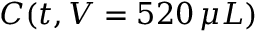
C ( t , V = 5 2 0 \, \mu L )